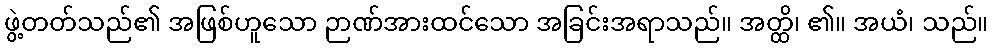
ဖွဲ့တတ်သည်၏ အဖြစ်ဟူသော ဉာဏ်အားထင်သော အခြင်းအရာသည်။ အတ္ထိ၊ ၏။ အယံ၊ သည်။